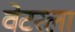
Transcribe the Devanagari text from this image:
वेटरला